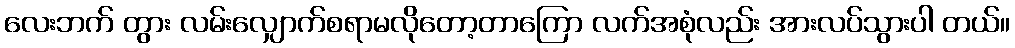
လေးဘက် တွား လမ်းလျှောက်စရာမလိုတော့တာကြော လက်အစုံလည်း အားလပ်သွားပါ တယ်။